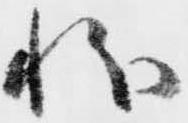
状